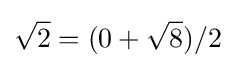
{\sqrt {2}}=(0+{\sqrt {8}})/2